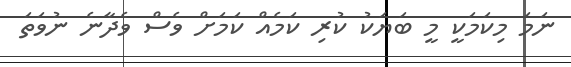
ނަމަ މިކަމަކީ މީ ބަޔަކު ކުރި ކަމެއް ކަމަށް ވެސް ވެދާނެ ނުވަތަ